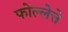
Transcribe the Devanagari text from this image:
फोल्लेत्ते